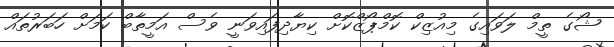
ޝޯގެ ތީމް ލަވައިގެ މިއުޒިކް ކޮމްޕޯޒްކޮށް ކިޔާދިފައިވަނީ ވެސް އަމީތާބް ކަމަށް ހަބަރުތައް